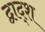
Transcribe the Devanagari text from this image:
द्वाद्श